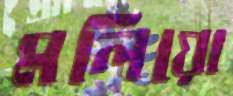
মলিয়ো